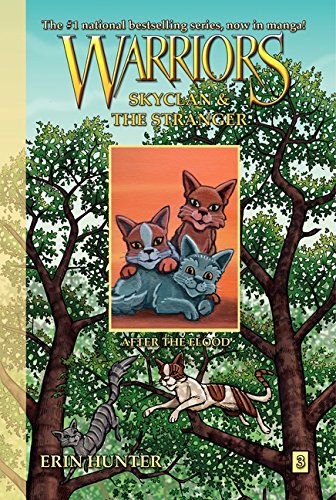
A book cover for Warriors: SkyClan And The Stranger, Vol. 3: After The Flood; Erin Hunter; Children's Books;